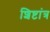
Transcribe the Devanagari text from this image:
शिष्टांत्र